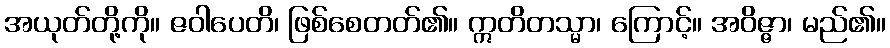
အယုတ်တို့ကို။ ဇဝါပေတိ၊ ဖြစ်စေတတ်၏။ ဣတိတသ္မာ၊ ကြောင့်။ အဝိဇ္ဇာ၊ မည်၏။